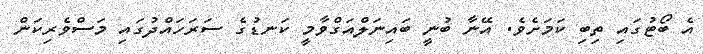
އެ ބޯޓުގައި ތިބި ކަމަށެވެ. އޭނާ ބުނީ ބައިނަލްއަގްވާމީ ކަނޑުގެ ސަރަހައްދުގައި މަސްވެރިކަން